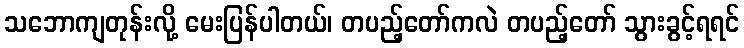
သဘောကျတုန်းလို့ မေးပြန်ပါတယ်၊ တပည့်တော်ကလဲ တပည့်တော် သွားခွင့်ရရင်